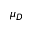
\mu _ { D }